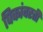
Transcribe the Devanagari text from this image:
पिकांवरती